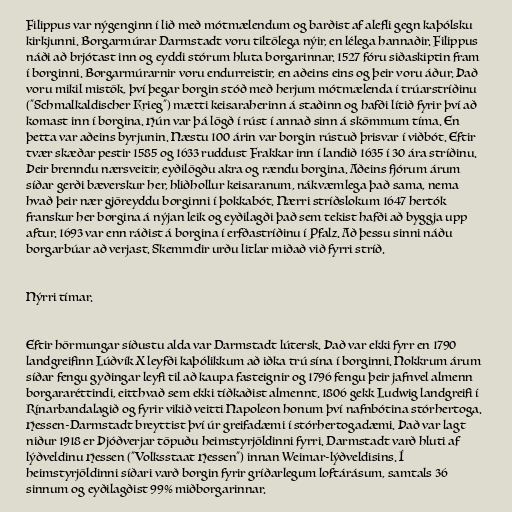
Filippus var nýgenginn í lið með mótmælendum og barðist af alefli gegn kaþólsku
kirkjunni. Borgarmúrar Darmstadt voru tiltölega nýir, en lélega hannaðir. Filippus
náði að brjótast inn og eyddi stórum hluta borgarinnar. 1527 fóru siðaskiptin fram
í borginni. Borgarmúrarnir voru endurreistir, en aðeins eins og þeir voru áður. Það
voru mikil mistök, því þegar borgin stóð með herjum mótmælenda í trúarstríðinu
("Schmalkaldischer Krieg") mætti keisaraherinn á staðinn og hafði lítið fyrir því að
komast inn í borgina. Hún var þá lögð í rúst í annað sinn á skömmum tíma. En
þetta var aðeins byrjunin. Næstu 100 árin var borgin rústuð þrisvar í viðbót. Eftir
tvær skæðar pestir 1585 og 1633 ruddust Frakkar inn í landið 1635 í 30 ára stríðinu.
Þeir brenndu nærsveitir, eyðilögðu akra og rændu borgina. Aðeins fjórum árum
síðar gerði bæverskur her, hliðhollur keisaranum, nákvæmlega það sama, nema
hvað þeir nær gjöreyddu borginni í þokkabót. Nærri stríðslokum 1647 hertók
franskur her borgina á nýjan leik og eyðilagði það sem tekist hafði að byggja upp
aftur. 1693 var enn ráðist á borgina í erfðastríðinu í Pfalz. Að þessu sinni náðu
borgarbúar að verjast. Skemmdir urðu litlar miðað við fyrri stríð.

Nýrri tímar.

Eftir hörmungar síðustu alda var Darmstadt lútersk. Það var ekki fyrr en 1790
landgreifinn Lúðvík X leyfði kaþólikkum að iðka trú sína í borginni. Nokkrum árum
síðar fengu gyðingar leyfi til að kaupa fasteignir og 1796 fengu þeir jafnvel almenn
borgararéttindi, eitthvað sem ekki tíðkaðist almennt. 1806 gekk Ludwig landgreifi í
Rínarbandalagið og fyrir vikið veitti Napoleon honum því nafnbótina stórhertoga.
Hessen-Darmstadt breyttist því úr greifadæmi í stórhertogadæmi. Það var lagt
niður 1918 er Þjóðverjar töpuðu heimstyrjöldinni fyrri. Darmstadt varð hluti af
lýðveldinu Hessen ("Volksstaat Hessen") innan Weimar-lýðveldisins. Í
heimstyrjöldinni síðari varð borgin fyrir gríðarlegum loftárásum, samtals 36
sinnum og eyðilagðist 99% miðborgarinnar.